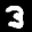
Label: 3